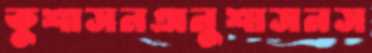
কুশাসনঅনুশাসনস